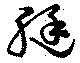
艇